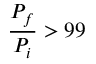
\frac { P _ { f } } { P _ { i } } > 9 9 \